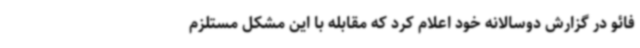
فائو در گزارش دوسالانه خود اعلام کرد که مقابله با این مشکل مستلزم